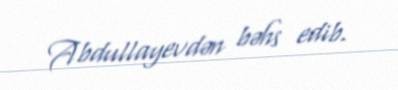
Abdullayevdən bəhs edib.